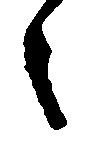
之